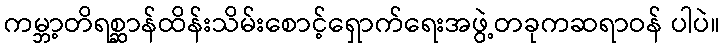
ကမ္ဘာ့တိရစ္ဆာန်ထိန်းသိမ်းစောင့်ရှောက်ရေးအဖွဲ့တခုကဆရာဝန် ပါပဲ။